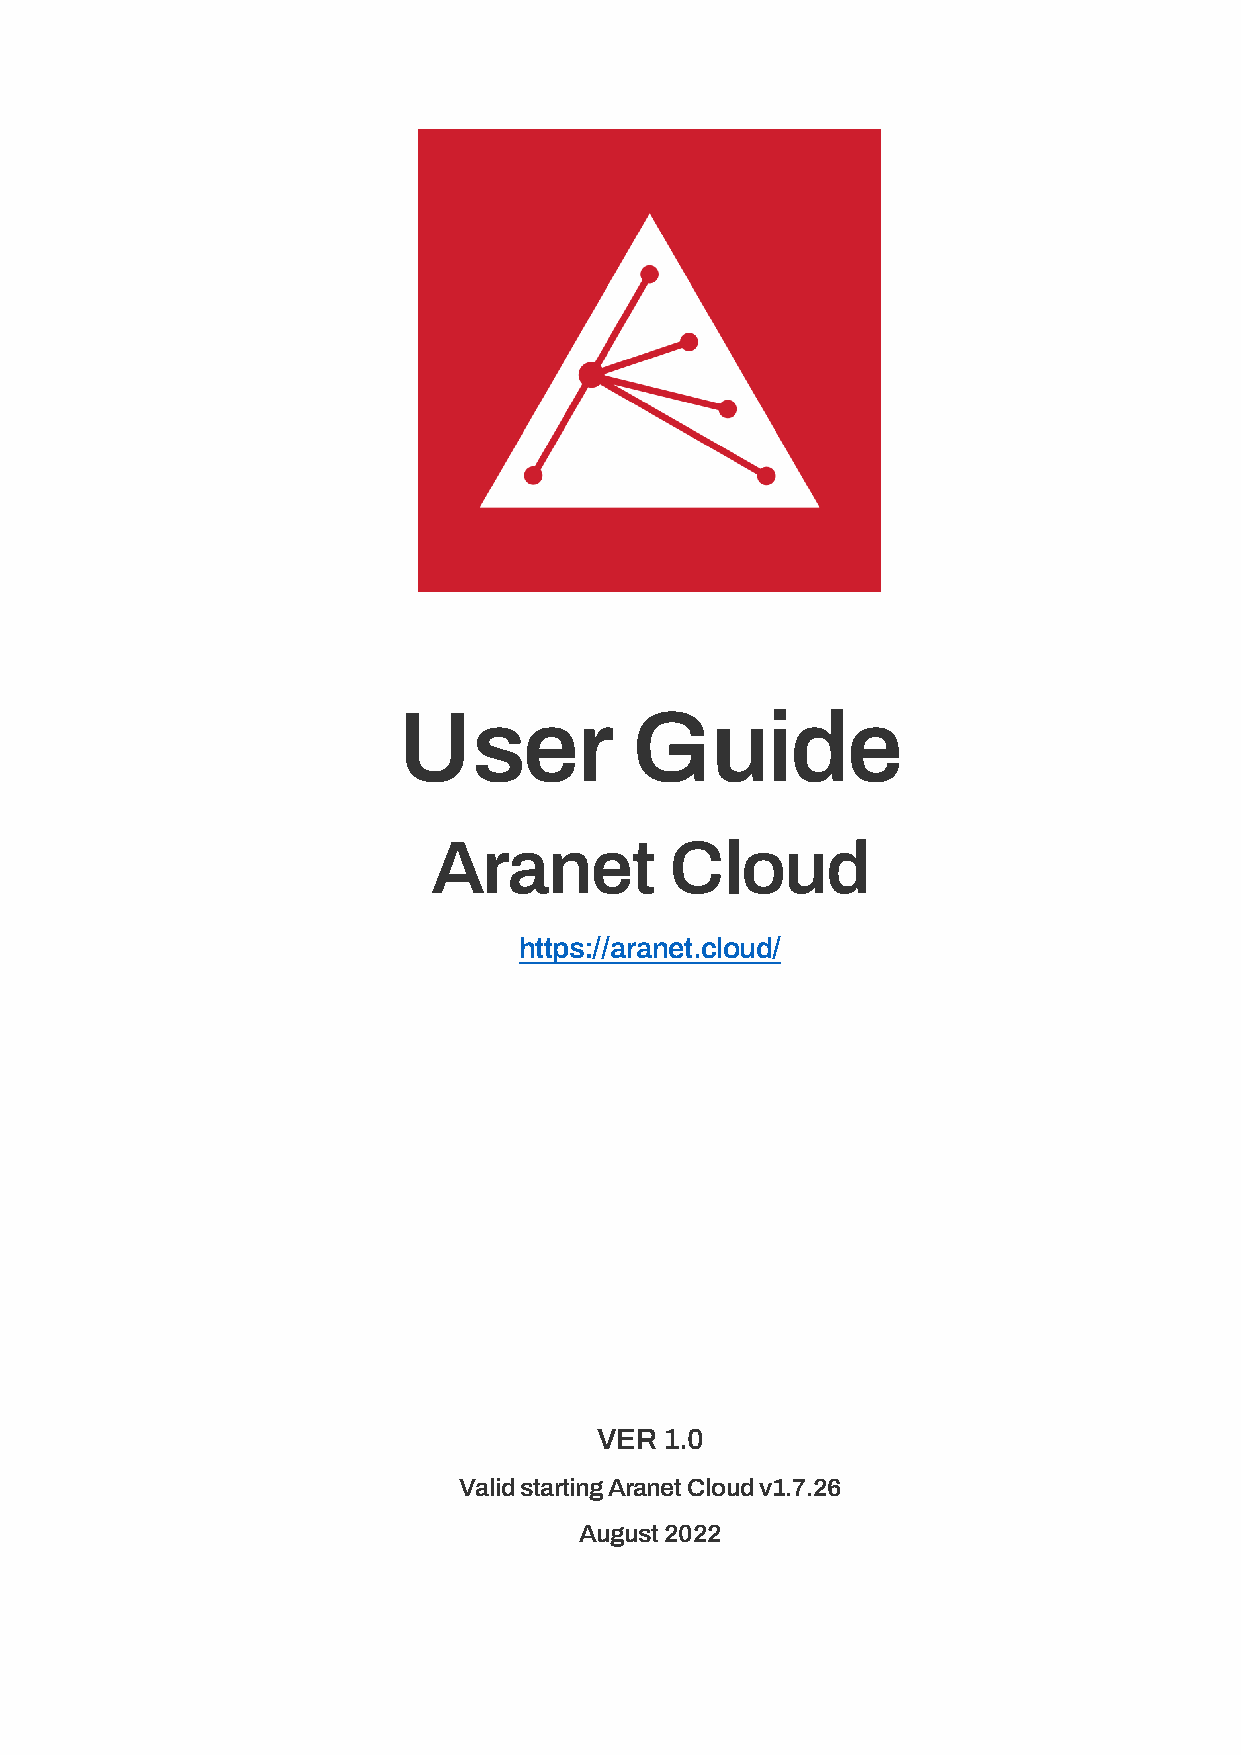
User            Guide
 Aranet         Cloud
 https://aranet.cloud/
 VER 1.0
 Valid starting Aranet Cloud v1.7.26
 August 2022